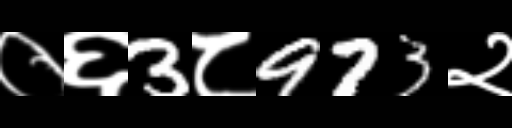
Text: ०६3८973२